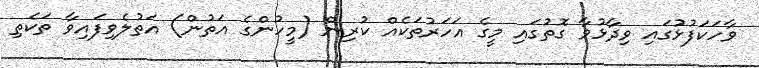
ވާހަކަފުޅުގައި ވިދާޅުވާ ގޮތުގައި މީގެ އަހަރުތަކެއް ކުރިން (މީހުންގެ އަތުން) އަތުލެވިފައިވާ ތަކެތި